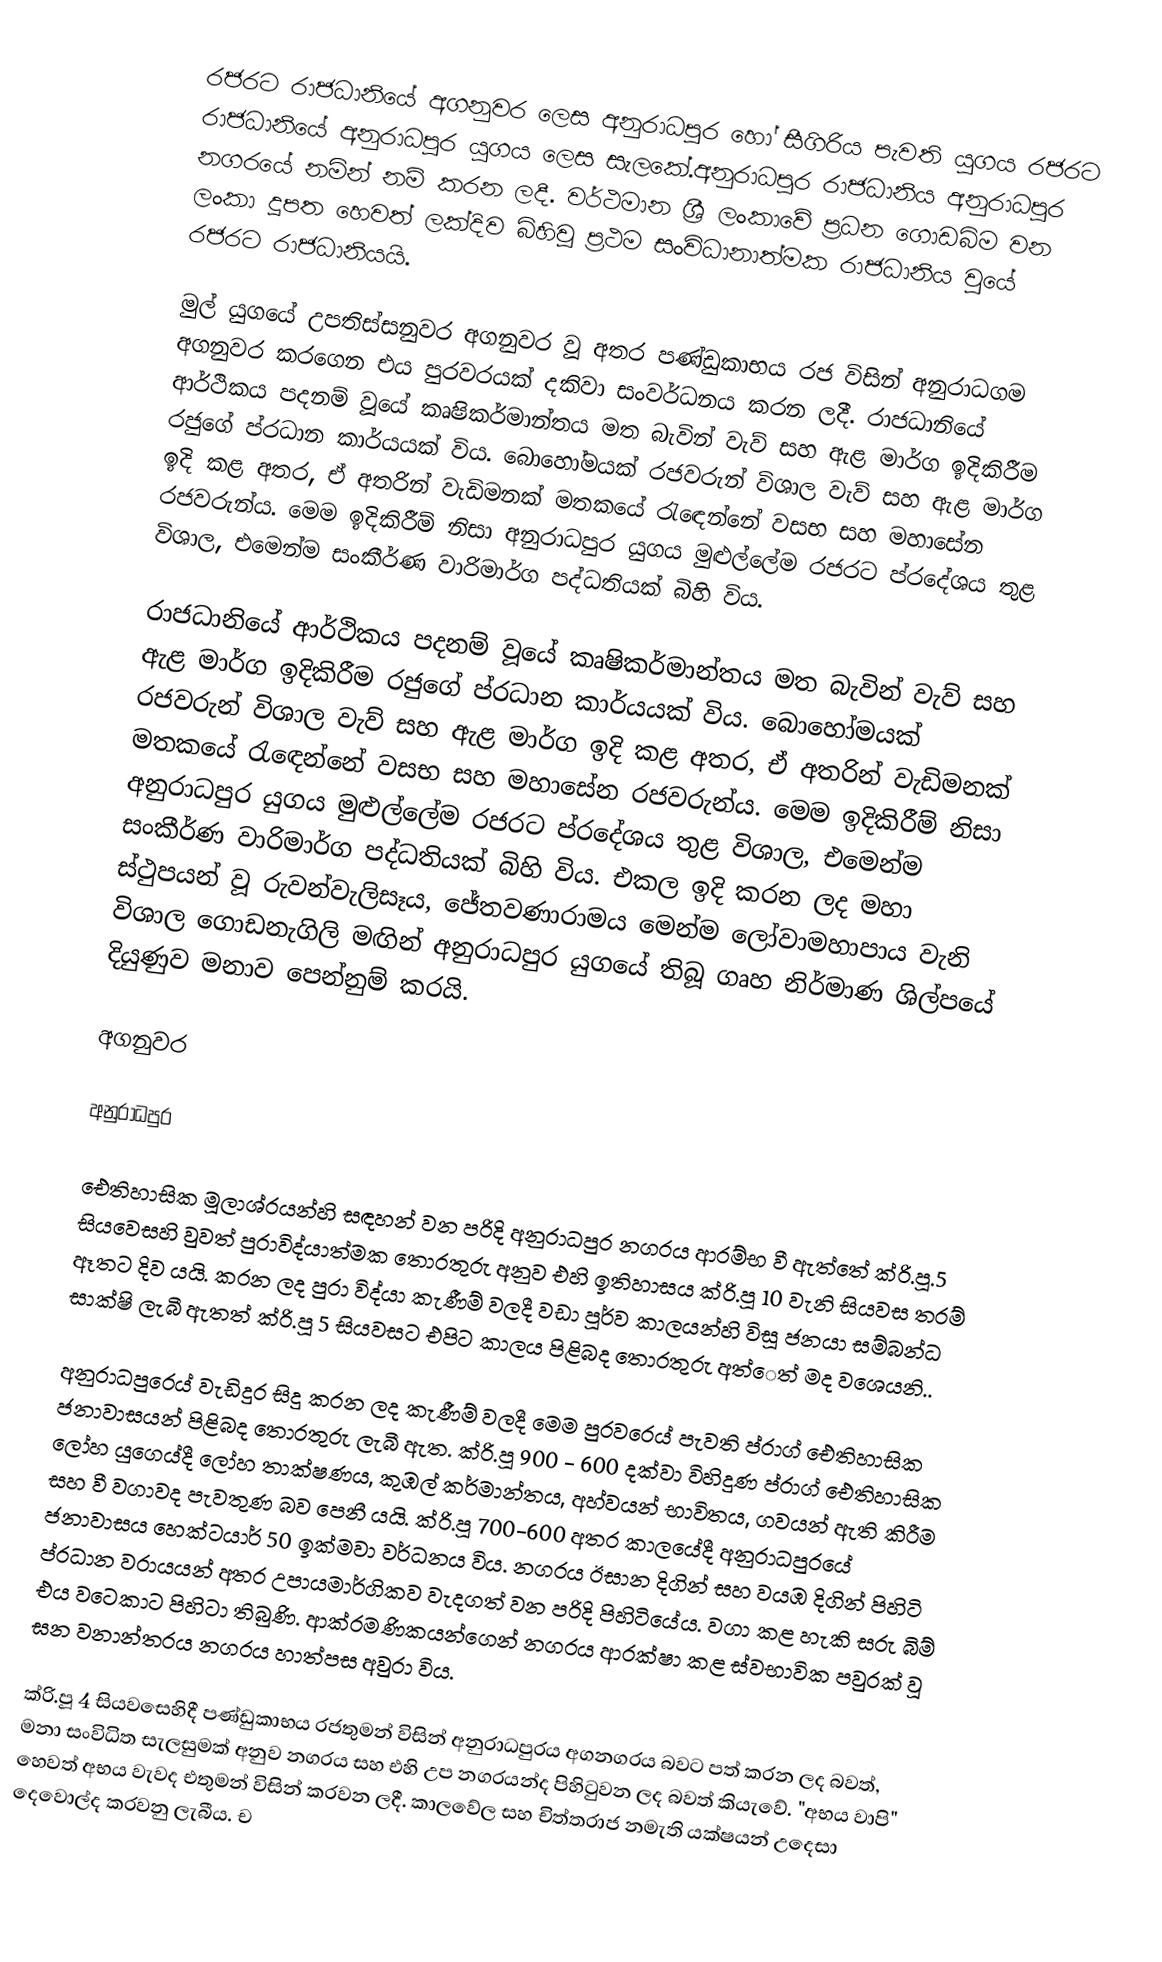
රජරට රාජධානියේ අගනුවර ලෙස අනුරාධපුර හෝ සීගිරිය පැවති යුගය රජරට රාජධානියේ අනුරාධපුර යුගය ලෙස සැලකේ.අනුරාධපුර රාජධානිය අනුරාධපුර නගරයේ නමින් නම් කරන ලදී. වර්ථමාන ශ්‍රී ලංකාවේ ප්‍රධන ගොඩබිම වන ලංකා දූපත හෙවත් ලක්දිව බිහිවූ ප්‍රථම සංවිධානාත්මක රාජධානිය වුයේ රජරට රාජධානියයි.

මුල් යුගයේ උපතිස්සනුවර අගනුවර වූ අතර පණ්ඩුකාභය රජ විසින් අනුරාධගම අගනුවර කරගෙන එය පුරවරයක් දකිවා සංවර්ධනය කරන ලදී. රාජධානියේ ආර්ථිකය පදනම් වූයේ කෘෂිකර්මාන්තය මත බැවින් වැව් සහ ඇළ මාර්ග ඉදිකිරීම රජුගේ ප්රධාන කාර්යයක් විය. බොහෝමයක් රජවරුන් විශාල වැව් සහ ඇළ මාර්ග ඉදි කළ අතර, ඒ අතරින් වැඩිමනක් මතකයේ රැඳෙන්නේ වසභ සහ මහාසේන රජවරුන්ය. මෙම ඉදිකිරීම් නිසා අනුරාධපුර යුගය මුළුල්ලේම රජරට ප්රදේශය තුළ විශාල, එමෙන්ම සංකීර්ණ වාරිමාර්ග පද්ධතියක් බිහි විය.

රාජධානියේ ආර්ථිකය පදනම් වූයේ කෘෂිකර්මාන්තය මත බැවින් වැව් සහ ඇළ මාර්ග ඉදිකිරීම රජුගේ ප්රධාන කාර්යයක් විය. බොහෝමයක් රජවරුන් විශාල වැව් සහ ඇළ මාර්ග ඉදි කළ අතර, ඒ අතරින් වැඩිමනක් මතකයේ රැඳෙන්නේ වසභ සහ මහාසේන රජවරුන්ය. මෙම ඉදිකිරීම් නිසා අනුරාධපුර යුගය මුළුල්ලේම රජරට ප්රදේශය තුළ විශාල, එමෙන්ම සංකීර්ණ වාරිමාර්ග පද්ධතියක් බිහි විය. එකල ඉදි කරන ලද මහා ස්ථුපයන් වූ රුවන්වැලිසෑය, ජේතවණාරාමය මෙන්ම ලෝවාමහාපාය වැනි විශාල ගොඩනැගිලි මඟින් අනුරාධපුර යුගයේ තිබූ ගෘහ නිර්මාණ ශිල්පයේ දියුණුව මනාව පෙන්නුම් කරයි.

අගනුවර

අනුරාධපුර

ඓතිහාසික මූලාශ්රයන්හි සඳහන් වන පරිදි අනුරාධපුර නගරය ආරම්භ වී ඇත්තේ ක්රි.පූ.5 සියවෙසහි වුවත් පුරාවිද්යාත්මක තොරතුරු අනුව එහි ඉතිහාසය ක්රි.පූ 10 වැනි සියවස තරම් ඈතට දිව යයි. කරන ලද පුරා විද්යා කැණීම් වලදී වඩා පූර්ව කාලයන්හි විසූ ජනයා සම්බන්ධ සාක්ෂි ලැබී ඇතත් ක්රි.පූ 5 සියවසට එපිට කාලය පිළිබද තොරතුරු අත්ෙත් මද වශෙයනි..

අනුරාධපුරෙය් වැඩිදුර සිදු කරන ලද කැණීම් වලදී මෙම පුරවරෙය් පැවති ප්රාග් ඓතිහාසික ජනාවාසයන් පිළිබද තොරතුරු ලැබී ඇත. ක්රි.පූ 900 - 600 දක්වා විහිදුණ ප්රාග් ඓතිහාසික ලෝහ යුගෙය්දී ලෝහ තාක්ෂණය, කුඹල් කර්මාන්තය, අහ්වයන් භාවිතය, ගවයන් ඇති කිරීම සහ වී වගාවද පැවතුණ බව පෙනී යයි. ක්රි.පූ 700-600 අතර කාලයේදී අනුරාධපුරයේ ජනාවාසය හෙක්ටයාර් 50 ඉක්මවා වර්ධනය විය. නගරය ඊසාන දිගින් සහ වයඹ දිගින් පිහිටි ප්රධාන වරායයන් අතර උපායමාර්ගිකව වැදගත් වන පරිදි පිහිටියේය. වගා කළ හැකි සරු බිම් එය වටෙකාට පිහිටා තිබුණි. ආක්රමණිකයන්ගෙන් නගරය ආරක්ෂා කළ ස්වභාවික පවුරක් වූ ඝන වනාන්තරය නගරය හාත්පස අවුරා විය.

ක්රි.පූ 4 සියවසෙහිදී පණ්ඩුකාභය රජතුමන් විසින් අනුරාධපුරය අගනගරය බවට පත් කරන ලද බවත්, මනා සංවිධිත සැලසුමක් අනුව නගරය සහ එහි උප නගරයන්ද පිහිටුවන ලද බවත් කියැවේ. "අභය වාපි" හෙවත් අභය වැවද එතුමන් විසින් කරවන ලදී. කාලවේල සහ චිත්තරාජ නමැති යක්ෂයන් උදෙසා දෙවොල්ද කරවනු ලැබීය. ච